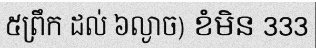
៥ព្រឹក ដល់ ៦ល្ងាច) ខំមិន 333